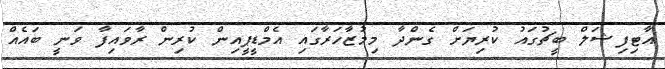
އާޓިފިޝަލް ބީޗުގައު ކުރިޔަށް ގެންދާ މިމުޒާހަރާގައި އެމްޑީޕީއިން ކުރިން ރާވައިފާ ވަނީ ބައެއް